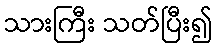
သားကြီး သတ်ပြီး၍